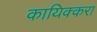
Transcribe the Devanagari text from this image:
कायिक्करा